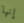
إنها